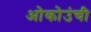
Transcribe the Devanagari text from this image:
ओकोउंची